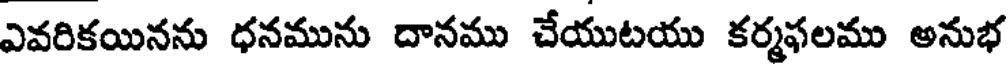
ఎవరికయినను ధనమును దానము చేయుటయు కర్మఫలము అనుభ